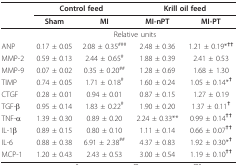
<table><thead><tr><td></td><td colspan="2"><b>Control feed</b></td><td colspan="2"><b>Krill oil feed</b></td></tr><tr><td></td><td><b>Sham</b></td><td><b>MI</b></td><td><b>MI-nPT</b></td><td><b>MI-PT</b></td></tr></thead><tbody><tr><td></td><td colspan="4">Relative units</td></tr><tr><td>ANP</td><td>0.17 ± 0.05</td><td>2.08 ± 0.35<sup>###</sup></td><td>2.48 ± 0.36</td><td>1.21 ± 0.19*<sup><b>††</b></sup></td></tr><tr><td>MMP-2</td><td>0.59 ± 0.13</td><td>2.44 ± 0.65<sup>#</sup></td><td>1.88 ± 0.39</td><td>2.41 ± 0.53</td></tr><tr><td>MMP-9</td><td>0.07 ± 0.02</td><td>0.35 ± 0.20<sup>##</sup></td><td>1.28 ± 0.69</td><td>1.68 ± 1.30</td></tr><tr><td>TIMP</td><td>0.74 ± 0.05</td><td>1.71 ± 0.18<sup>#</sup></td><td>1.60 ± 0.24</td><td>1.05 ± 0.14*<sup><b>†</b></sup></td></tr><tr><td>CTGF</td><td>0.28 ± 0.01</td><td>0.94 ± 0.01</td><td>0.87 ± 0.15</td><td>1.27 ± 0.19</td></tr><tr><td>TGF-β</td><td>0.95 ± 0.14</td><td>1.83 ± 0.22<sup>#</sup></td><td>1.90 ± 0.20</td><td>1.37 ± 0.11<sup><b>†</b></sup></td></tr><tr><td>TNF-α</td><td>1.39 ± 0.30</td><td>0.89 ± 0.20</td><td>2.24 ± 0.33**</td><td>0.99 ± 0.14<sup><b>††</b></sup></td></tr><tr><td>IL-1β</td><td>0.89 ± 0.15</td><td>0.80 ± 0.10</td><td>1.11 ± 0.14</td><td>0.66 ± 0.07<sup><b>††</b></sup></td></tr><tr><td>IL-6</td><td>0.88 ± 0.38</td><td>6.91 ± 2.38<sup>##</sup></td><td>4.37 ± 0.83</td><td>1.92 ± 0.30*<sup><b>†</b></sup></td></tr><tr><td>MCP-1</td><td>1.20 ± 0.43</td><td>2.43 ± 0.53</td><td>3.00 ± 0.54</td><td>1.19 ± 0.10<sup><b>††</b></sup></td></tr></tbody></table>